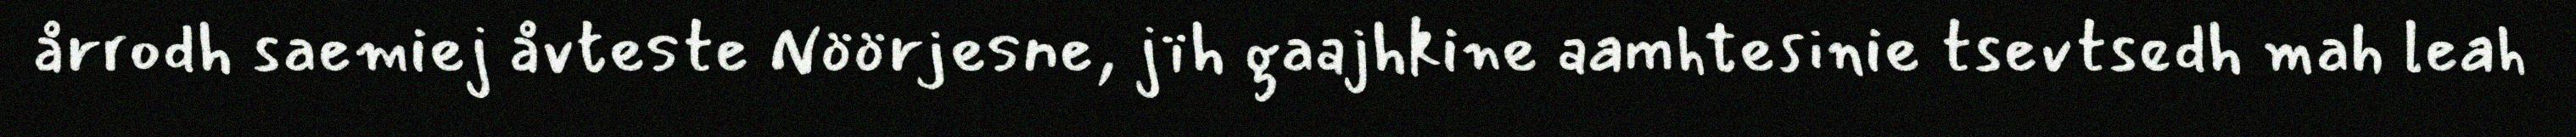
årrodh saemiej åvteste Nöörjesne, jïh gaajhkine aamhtesinie tsevtsedh mah leah